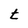
Character: t